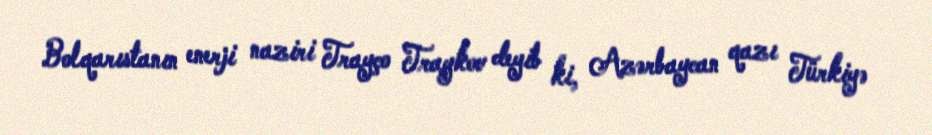
Bolqarıstanın enerji naziri Trayço Traykov deyib ki, Azərbaycan qazı Türkiyə